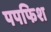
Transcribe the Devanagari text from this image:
पपफिश